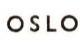
OSLO